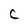
Character: C